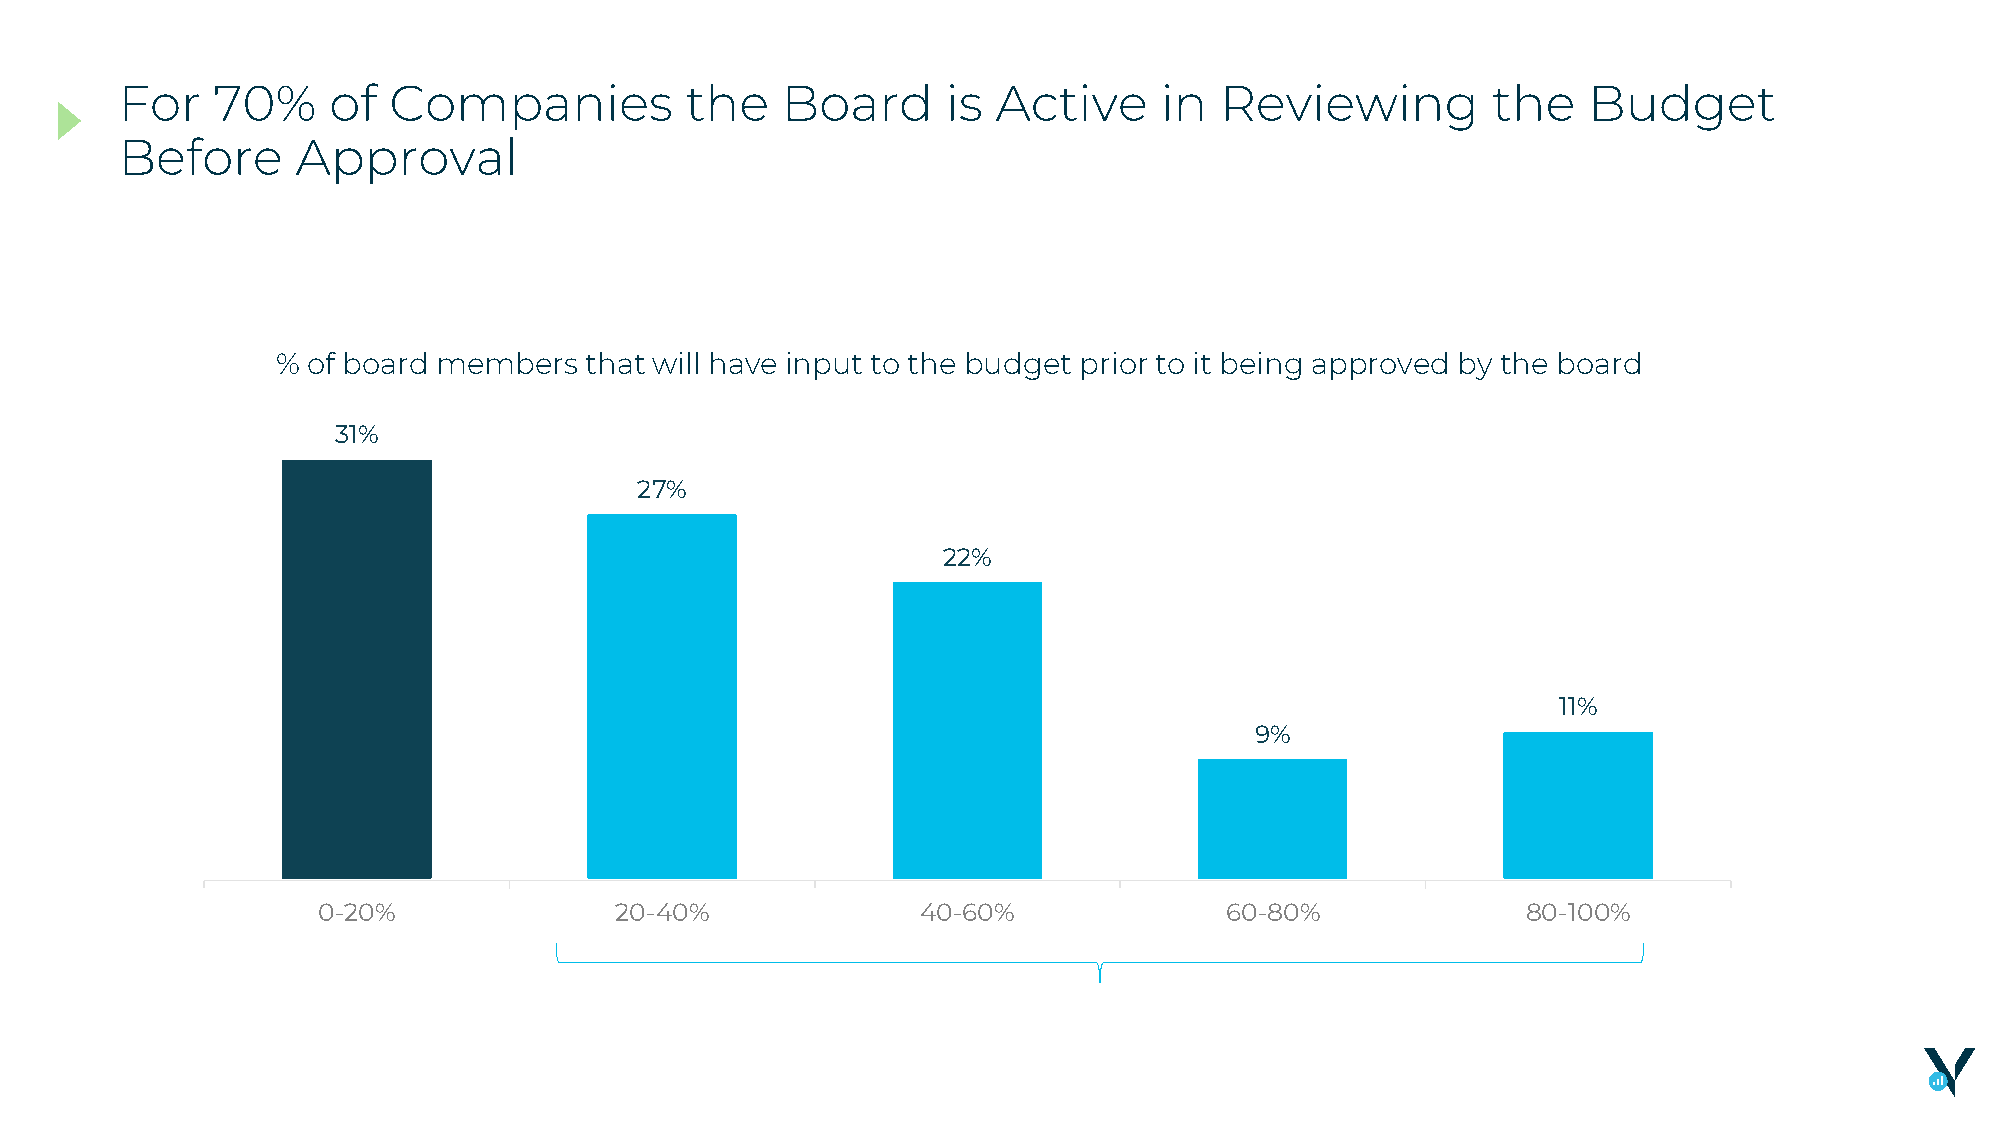
For   70%     of  Companies          the    Board      is Active     in  Reviewing         the   Budget
 Before      Approval
 % of board members   that will have input to the budget prior to it being approved by the board
 31%
 27%
 22%
 11%
 9%
 0-20%               20-40%              40-60%              60-80%              80-100%